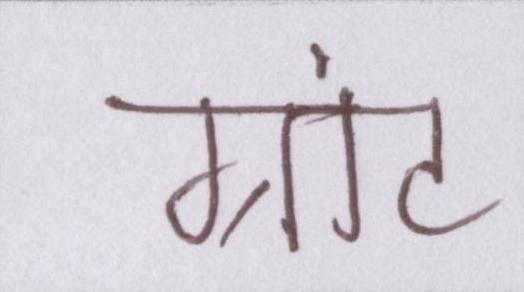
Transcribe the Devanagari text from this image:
ग्रांट